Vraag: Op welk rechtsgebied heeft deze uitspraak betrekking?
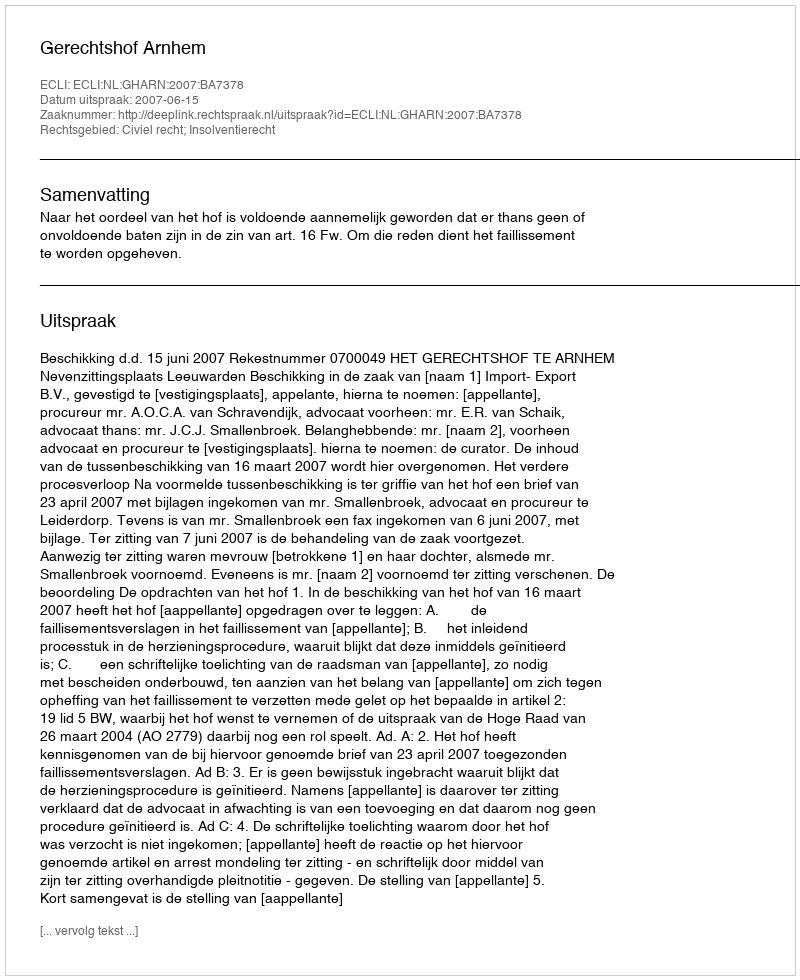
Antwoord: Civiel recht; Insolventierecht